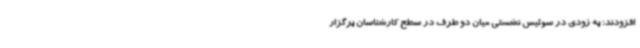
افزودند: به زودی در سوئیس نشستی میان دو طرف در سطح کارشناسان برگزار